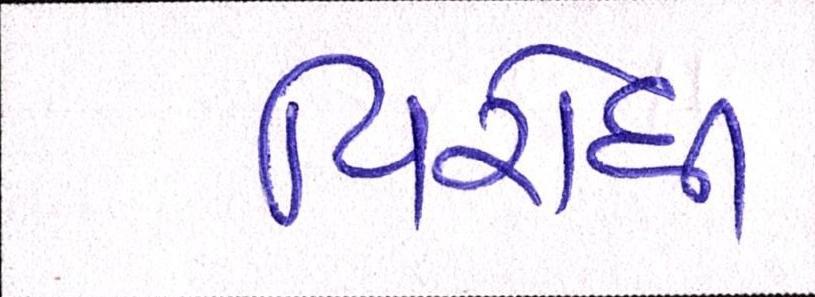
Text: વિરોધી